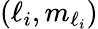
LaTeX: (\ell_{i},m_{\ell_{i}})